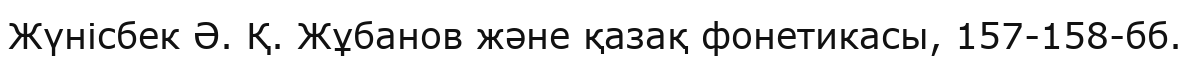
Жүнісбек Ә. Қ. Жұбанов және қазақ фонетикасы, 157-158-бб.